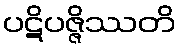
ပဋိပဇ္ဇိဿတိ